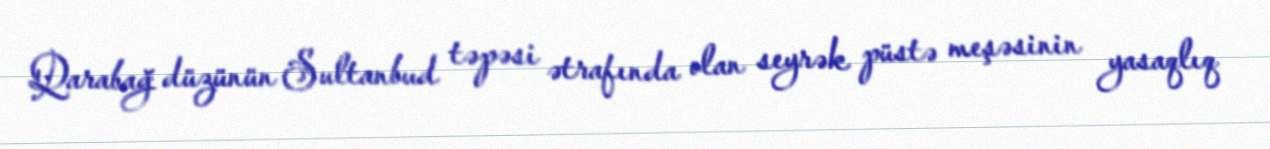
Qarabağ düzünün Sultanbud təpəsi ətrafında olan seyrək püstə meşəsinin yasaqlıq